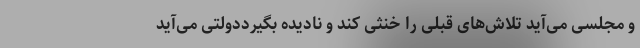
و مجلسی می‌آید تلاش‌های قبلی را خنثی کند و نادیده بگیرددولتی می‌آید